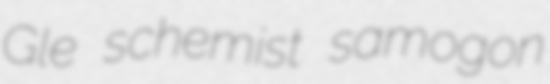
Gle schemist samogon